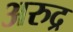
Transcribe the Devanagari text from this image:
अरुद्र